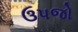
ઉપજો